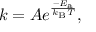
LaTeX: k = A e ^ { \frac { - E _ { \mathrm { { a } } } } { k _ { \mathrm { { B } } } T } } ,